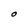
Character: O